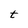
Character: t